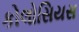
કોલોસિયસ